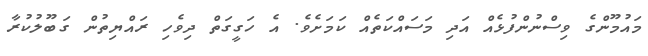
މައުމޫންގެ ވިސްނުންފުޅެއް އަދި މަސައްކަތެއް ކަމަށެވެ. އެ ހަގީގަތް ދިވެހި ރައްޔިތުން ގަބޫލުކުރާ